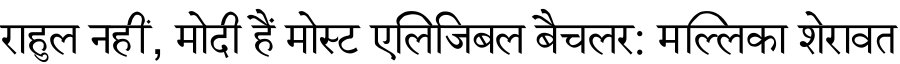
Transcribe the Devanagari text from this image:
राहुल नहीं, मोदी हैं मोस्ट एलिजिबल बैचलर: मल्लिका शेरावत